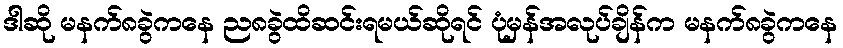
ဒါဆို မနက်၈ခွဲကနေ ည၈ခွဲထိဆင်းရမယ်ဆိုရင် ပုံမှန်အလုပ်ချိန်က မနက်၈ခွဲကနေ